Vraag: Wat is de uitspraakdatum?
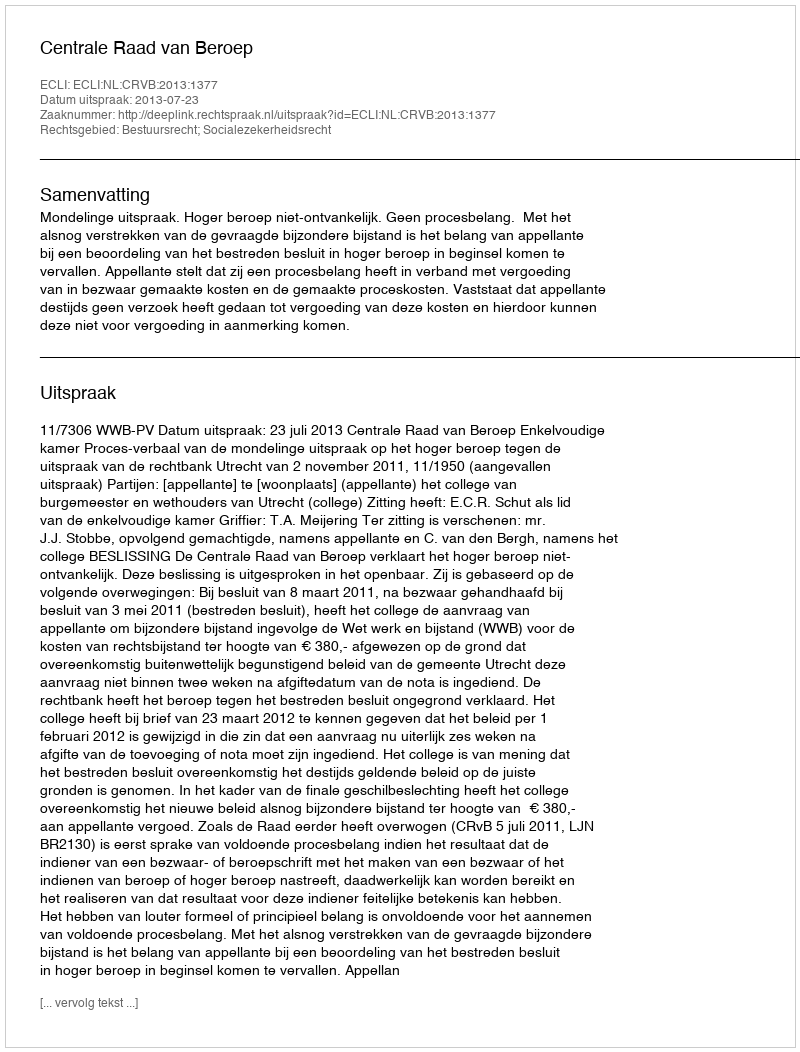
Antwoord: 2013-07-23